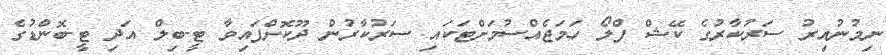
ނިމުނުއިރު ސަރުކާރުގެ ކޭޝް ފްލޯ ހަމަޖެއްސުމަށްޓަކައި ސަރުކާރުން ދޫކޮށްފައިވާ ޓީ-ބިލް އަދި ޓީ-ބޮންޑުގެ